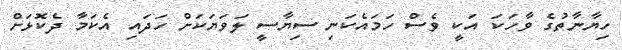
ހިޔާނާތުގެ ވާހަކަ އަކީ ވެސް ހަމައެކަނި ސިޔާސީ ލަވަޔަކަށް ހަދައި އެކަމާ ދެކޮޅަށް